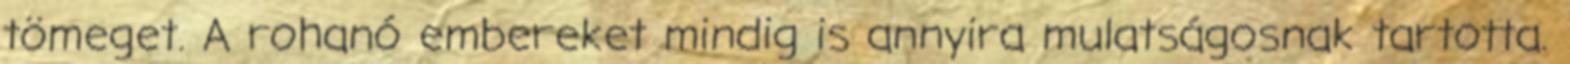
tömeget. A rohanó embereket mindig is annyira mulatságosnak tartotta.